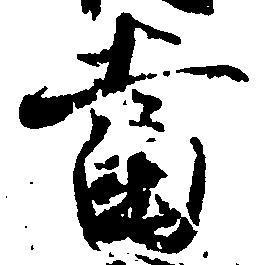
当